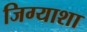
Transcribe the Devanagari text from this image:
जिग्याशा